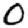
Digit: 0